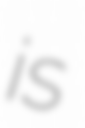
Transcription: is